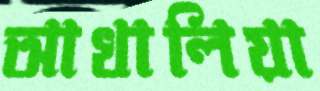
আখালিয়া